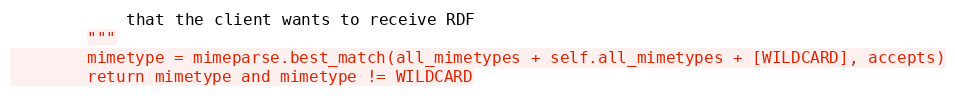
Language: Python
		    that the client wants to receive RDF
		"""
		mimetype = mimeparse.best_match(all_mimetypes + self.all_mimetypes + [WILDCARD], accepts)
		return mimetype and mimetype != WILDCARD